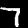
Digit: 7